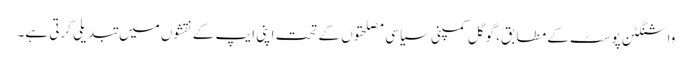
واشنگٹن پوسٹ کے مطابق، گوگل کمپنی سیاسی مصلحتوں کے تحت اپنی ایپ کے نقشوں میں تبدیلی کرتی ہے۔